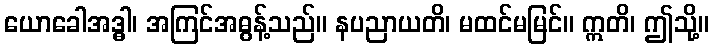
ယောခေါအဒ္ဓါ၊ အကြင်အဓွန့်သည်။ နပညာယတိ၊ မထင်မမြင်။ ဣတိ၊ ဤသို့။